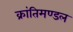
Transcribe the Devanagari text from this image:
क्रांतिमण्डल